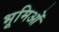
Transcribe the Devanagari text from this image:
भूमिओं